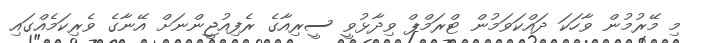
މި މޭރުމުން ވާހަކަ ދައްކަވަމުން ޓްރަމްޕް ވިދާޅުވީ ސީރިއާގެ ރެފިއުޖީންނަށް އޭނާގެ ވެރިކަމެއްގައި